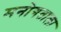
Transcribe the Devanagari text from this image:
मनोगताला